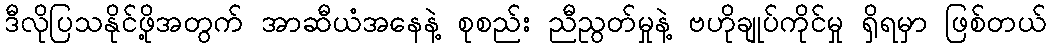
ဒီလိုပြသနိုင်ဖို့အတွက် အာဆီယံအနေနဲ့ စုစည်း ညီညွတ်မှုနဲ့ ဗဟိုချုပ်ကိုင်မှု ရှိရမှာ ဖြစ်တယ်